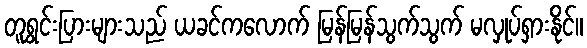
တူရွင်းပြားများသည် ယခင်ကလောက် မြန်မြန်သွက်သွက် မလှုပ်ရှားနိုင်။